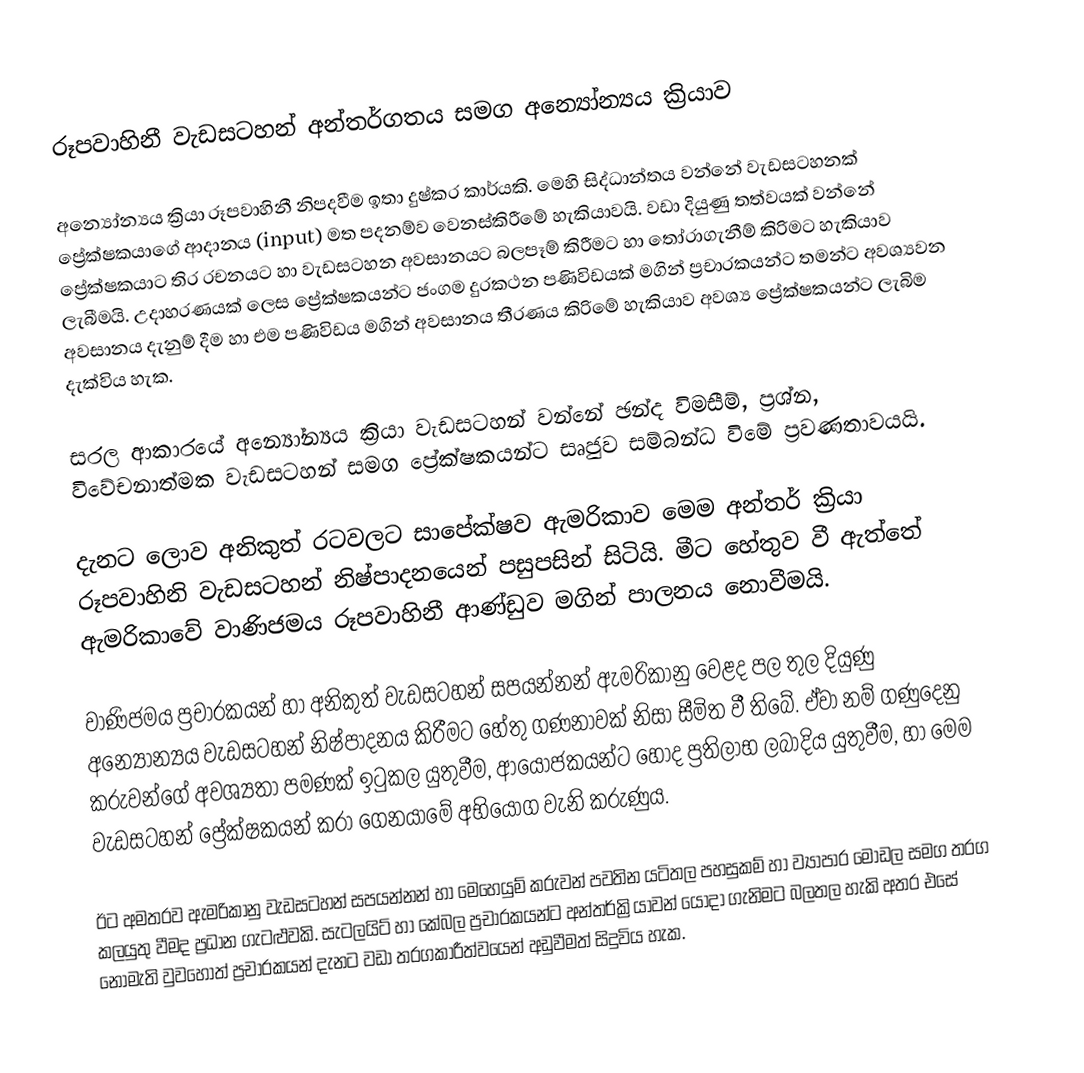
රූපවාහිනී වැඩසටහන් අන්තර්ගතය සමග අන්‍යෝන්‍යය ක්‍රියාව

අන්‍යෝන්‍යය ක්‍රියා රූපවාහිනී නිපදවීම ඉතා දුෂ්කර කාර්යකි. මෙහි සිද්ධාන්තය වන්නේ වැඩසටහනක් ප්‍රේක්ෂකයාගේ ආදානය (input) මත පදනම්ව වෙනස්කිරීමේ හැකියාවයි. වඩා දියුණු තත්වයක් වන්නේ ප්‍රේක්ෂකයාට තිර රචනයට හා වැඩසටහන අවසානයට බලපෑම් කිරීමට හා තෝරාගැනීම් කිරිමට හැකියාව ලැබීමයි. උදාහරණයක් ලෙස ප්‍රේක්ෂකයන්ට ජංගම දුරකථන පණිවිඩයක් මගින් ප්‍රචාරකයන්ට තමන්ට අවශ්‍යවන අවසානය දැනුම් දීම හා එම පණිවිඩය මගින් අවසානය තීරණය කිරිමේ හැකියාව අවශ්‍ය ප්‍රේක්ෂකයන්ට ලැබිම දැක්විය හැක.

සරල ආකාරයේ ‍අන්‍යෝන්‍යය ක්‍රියා වැඩසටහන් වන්නේ ඡන්ද විමසීම්, ප්‍රශ්න, විවේචනාත්මක වැඩසටහන් සමග ප්‍රේක්ෂකයන්ට සෘජුව සම්බන්ධ විමේ ප්‍රවණතාවයයි.

දැනට ලොව අනිකුත් රටවලට සාපේක්ෂව ඇමරිකාව මෙම අන්තර් ක්‍රියා රූපවාහිනි වැඩසටහන් නිෂ්පාදනයෙන් පසුපසින් සිටියි. මීට හේතුව වී ඇත්තේ ඇමරිකාවේ වාණිජමය රූපවාහිනී ආණ්ඩුව මගින් පාලනය නොවීමයි.

වාණිජමය ප්‍රචාරකයන් හා අනිකුත් වැඩසටහන් සපයන්නන් ඇමරිකානු වෙළද පල තුල දියුණු අන්‍යෝන්‍යය වැඩසටහන් නිෂ්පාදනය කිරීමට හේතු ගණනාවක් නිසා සීමිත වී තිබේ. ඒවා නම් ගණුදෙනු කරුවන්ගේ අවශ්‍යතා පමණක් ඉටුකල යුතුවීම, ආයෝජකයන්ට හොද ප්‍රතිලාභ ලබාදිය යුතුවීම, හා මෙම වැඩසටහන් ප්‍රේක්ෂකයන් කරා ගෙනයාමේ අභියෝග වැනි කරුණුය.

ඊට අමතරව ඇමරිකානු වැඩසටහන් සපයන්නන් හා මෙහෙයුම් කරුවන් පවතින යටිතල පහසුකම් හා ව්‍යාපාර මොඩල සමග තරග කලයුතු වීමද ප්‍රධාන ගැටළුවකි. සැටලයිට් හා කේබල ප්‍රචාරකයන්ට අන්තර්ක්‍රියාවන් යොදා ගැනිමට බලතල හැකි අතර එසේ නොමැති වුවහොත් ප්‍රචාරකයන් දැනට වඩා තරගකාරීත්වයෙන් අඩුවීමත් සිදුවිය හැක.